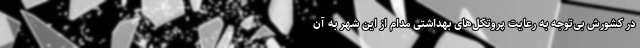
در کشورش بی‌توجه به رعایت پروتکل‌های بهداشتی مدام از این شهر به آن